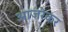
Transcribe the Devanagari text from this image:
आजरेकर